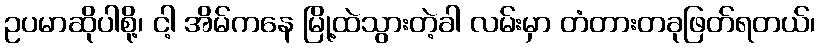
ဥပမာဆိုပါစို့၊ ငါ့ အိမ်ကနေ မြို့ထဲသွားတဲ့ခါ လမ်းမှာ တံတားတခုဖြတ်ရတယ်၊